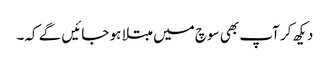
دیکھ کر آپ بھی سوچ میں مبتلا ہو جائیں گے کہ۔